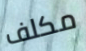
مكلف